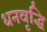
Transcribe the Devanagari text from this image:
धनवृद्धि